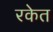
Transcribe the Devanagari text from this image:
रकेत